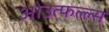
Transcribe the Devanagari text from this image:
ओउत्फल्ल्स